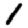
Digit: 1